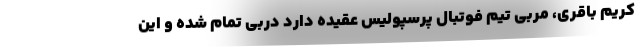
کریم باقری، مربی تیم فوتبال پرسپولیس عقیده دارد دربی تمام شده و این